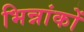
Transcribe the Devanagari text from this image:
भिन्नांकों